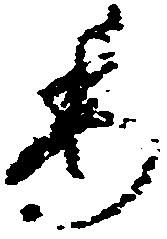
委